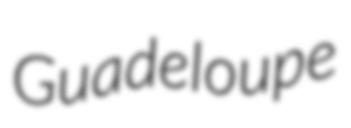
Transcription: Guadeloupe